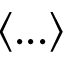
\langle . . . \rangle